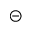
\circleddash